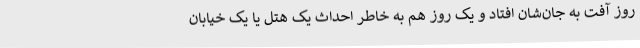
روز آفت به جان‌شان افتاد و یک روز هم به خاطر احداث یک هتل یا یک خیابان